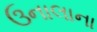
ઉનાલાના